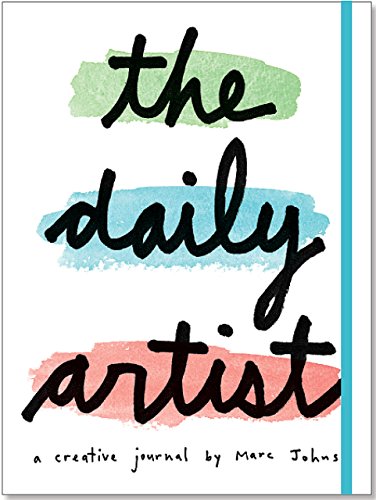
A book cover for The Daily Artist (A Creative Journal by Marc Johns); Marc Johns; Arts & Photography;